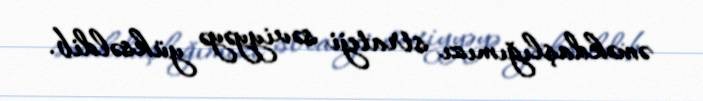
əməkdaşlığımızı strateji səviyyəyə yüksəldib.